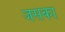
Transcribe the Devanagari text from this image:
जसका